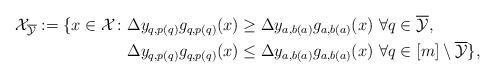
LaTeX: \begin{align*}\mathcal{X}_{\overline{\mathcal{Y}}} := \{ x \in \mathcal{X}\colon & \Delta y_{q,p(q)}g_{q,p(q)}(x) \geq \Delta y_{a,b(a)}g_{a,b(a)}(x) \ \forall q \in \overline{\mathcal{Y}}, \\& \Delta y_{q,p(q)}g_{q,p(q)}(x) \leq \Delta y_{a,b(a)}g_{a,b(a)}(x) \ \forall q \in [m] \setminus \overline{\mathcal{Y}} \},\end{align*}